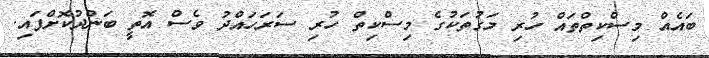
ބައެއް މިސްކިތްތައް ހުރި މަގުތަކުގެ މިސްކިތް ހުރި ސަރަހައްދު ވެސް އޮތީ ބަންދުކޮށްފައި.